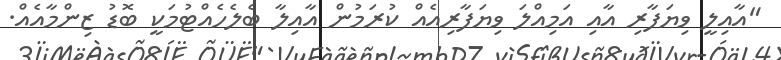
"އާއިލީ ވިޔަފާރި އާއި އަމިއްލަ ވިޔަފާރިއެއް ކުރަމުން އާއިލާ ބެލެހެއްޓުމަކީ ބޮޑު ޒިންމާއެއް.